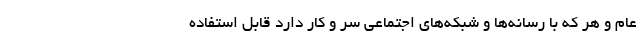
عام و هر که با رسانه‌ها و شبکه‌های اجتماعی سر و کار دارد قابل استفاده